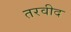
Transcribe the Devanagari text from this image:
तरवीद